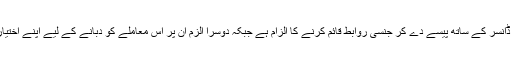
ان پر ایک کم عمر نائٹ کلب ڈانسر کے ساتھ پیسے دے کر جنسی روابط قائم کرنے کا الزام ہے جبکہ دوسرا الزم ان پر اس معاملے کو دبانے کے لیے اپنے اختیارات کے غلط استعمال کا ہے۔